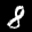
Label: 8